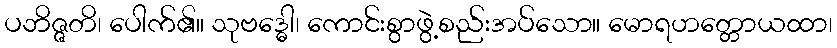
ပဘိဇ္ဇတိ၊ ပေါက်၏။ သုဗဒ္ဓေါ၊ ကောင်းစွာဖွဲ့စည်းအပ်သော။ မောရဟတ္တောယထာ၊